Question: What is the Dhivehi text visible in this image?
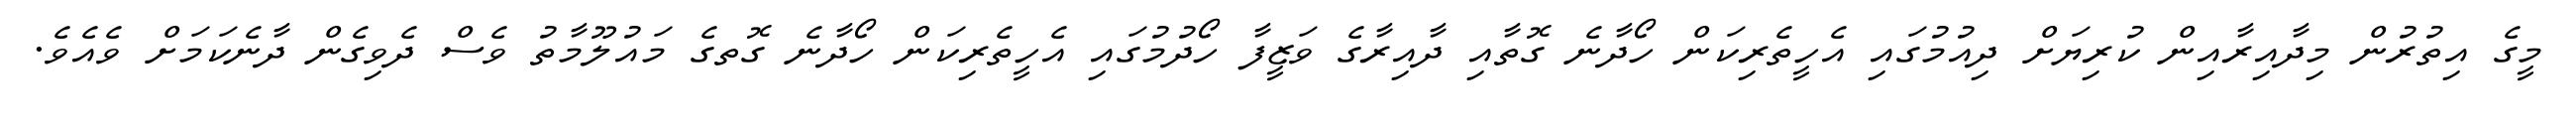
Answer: މީގެ އިތުރުން މިދާއިރާއިން ކުރިޔަށް ދިއުމުގައި އެހީތެރިކަން ހޯދާނެ ގޮތާއި ދާއިރާގެ ވަޒީފާ ހޯދުމުގައި އެހީތެރިކަން ހޯދާނެ ގޮތގެ މައުލޫމާތު ވެސް ދެވިގެން ދާނެކަމަށް ވެއެވެ.